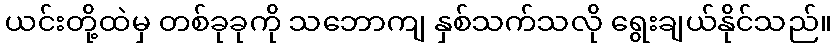
ယင်းတို့ထဲမှ တစ်ခုခုကို သဘောကျ နှစ်သက်သလို ရွေးချယ်နိုင်သည်။